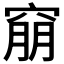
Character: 𥦜